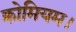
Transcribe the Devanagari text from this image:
क्रोमियम।